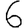
Digit: 6